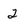
Character: 2